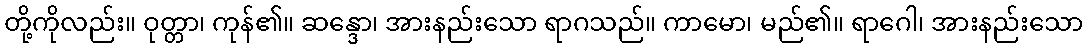
တို့ကိုလည်း။ ဝုတ္တာ၊ ကုန်၏။ ဆန္ဒော၊ အားနည်းသော ရာဂသည်။ ကာမော၊ မည်၏။ ရာဂေါ၊ အားနည်းသော